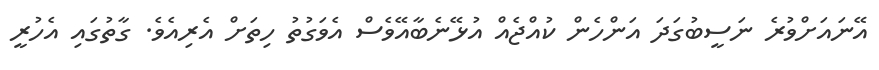
އޭނައަށްވުރެ ނަސީބުގަދަ އަންހެން ކުއްޖެއް އުޅޭނެބާއޭވެސް އެވަގުތު ހިތަށް އެރިއެވެ. ގާތުގައި އެހުރީ